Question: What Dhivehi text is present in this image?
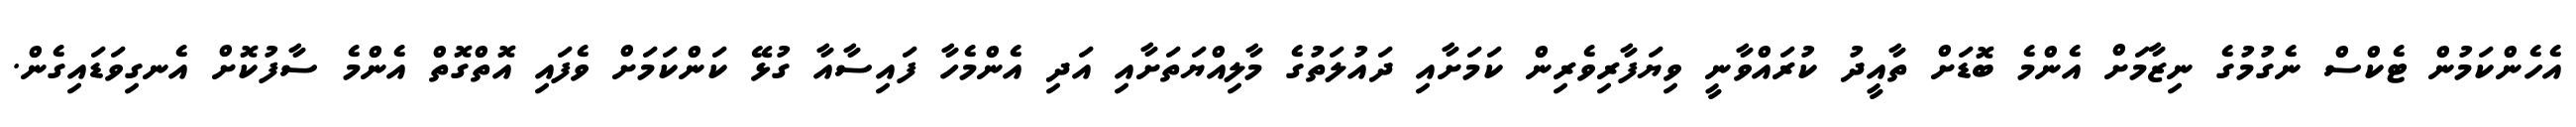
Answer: އެހެންކަމުން ޓެކްސް ނެގުމުގެ ނިޒާމަށް އެންމެ ބޮޑަށް ތާއީދު ކުރައްވާނީ ވިޔަފާރިވެރިން ކަމަށާއި ދައުލަތުގެ މާލިއްޔަތަށާއި އަދި އެންމެހާ ފައިސާއާ ގުޅޭ ކަންކަމަށް ވެފައި އޮތްގޮތް އެންމެ ސާފުކޮށް އެނގިވަޑައިގެން.